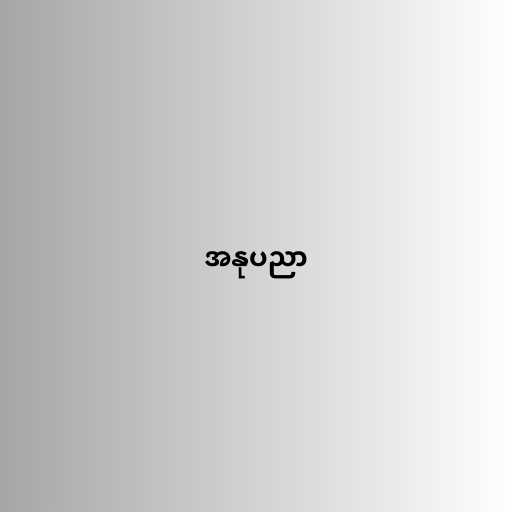
အနုပညာ